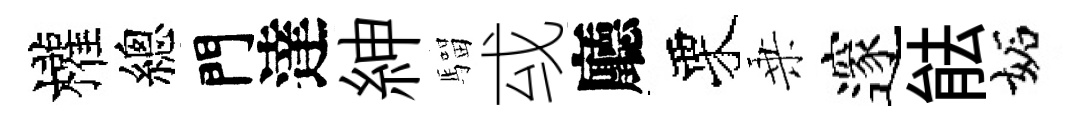
權總門達紳騮㦯廳栗乗邃䏻妬